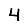
Digit: 4